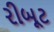
રીબૂટ